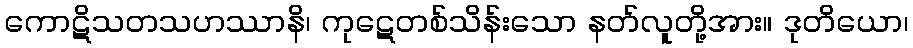
ကောဋိသတသဟဿာနိ၊ ကုဋေတစ်သိန်းသော နတ်လူတို့အား။ ဒုတိယော၊